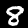
Digit: 8